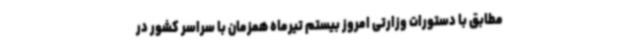
مطابق با دستورات وزارتی امروز بیستم تیرماه همزمان با سراسر کشور در